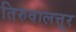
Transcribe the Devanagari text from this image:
तिरुवालत्तूर